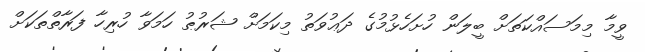
ވީމާ މިމަސައްކަތަށްް ބީލަން ހުށަހެޅުމުގެ ދަޢުވަތު މިކަމަށް ޝަރުޠު ހަމަވާ ހުރިހާ ފަރާތްތަކަށް